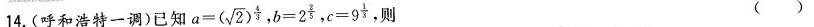
14.(呼和浩特一调)已知$$a = ( \sqrt { 2 } ) ^ { \frac { 4 } { 3 } }$$，$$b = 2 ^ { \frac { 2 } { 5 } }$$，$$c = 9 ^ { \frac { 1 } { 3 } }$$，则 ()